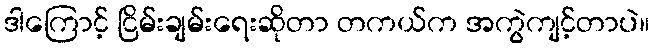
ဒါကြောင့် ငြိမ်းချမ်းရေးဆိုတာ တကယ်က အကွဲကျင့်တာပဲ။